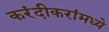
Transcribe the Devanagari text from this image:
करंदीकरांमध्ये